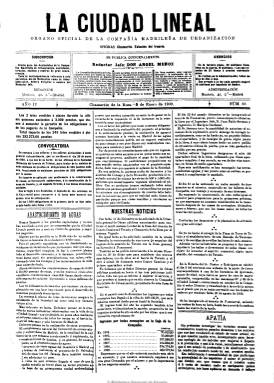
Título: Ciudad lineal (Madrid. 1897)
Colección: Arquitectura y construcción || Urbanismo
Ámbito geográfico: Madrid
Lugar de publicación: Chamartín de la Rosa [Madrid]
Fechas: 05/01/1900-10/12/1931

Publicación periódica que aparece como “órgano oficial de la Compañía Madrileña de Urbanización”, fundada en 1894 por el ingeniero y urbanista Arturo Soria y Mata (1844-1920) para la construcción de “barriadas cómodas, higiénicas y baratas” en donde “se haga compatible la vida del campo con la proximidad al centro” de la ciudad, y bajo el lema: “Para cada familia, una casa; en cada casa, una huerta y un jardín”. A través de ella se difunde en España un proyecto ideológico, social y urbano que cristalizó en la construcción de la Ciudad Lineal, de Madrid, dentro del movimiento de un nuevo y revolucionario urbanismo, calificado como el “98” urbanístico español, ante la presencia del aumento de las masas populares en las ciudades y el desarrollo del transporte ferroviario urbano que posibilita la expansión ordenada de las urbes.

La publicación aparece al principio en formato de periódico y periodicidad quincenal, con cuatro páginas e imprenta propia, siendo redactor jefe Ángel Muñoz. Posteriormente reducirá el formato e irá aumentando su paginación y se hará mensual, con el subtítulo de “revista científica de higiene, agricultura, ingeniería y urbanización”, y será dirigida por Manuel Abril.

En sus páginas se publicarán las convocatorias e informaciones de las juntas generales, contabilidad, compra y venta de terrenos, construcción de edificios, fabricación y venta de materiales, abastecimiento de agua y electricidad y construcción de tranvías de la propia compañía. También incluye noticias generales, una sección y almanaque agrícola, así como artículos de fondo sobre la evolución de la ciudad, urbanismo e industrias, y anuncios publicitarios.